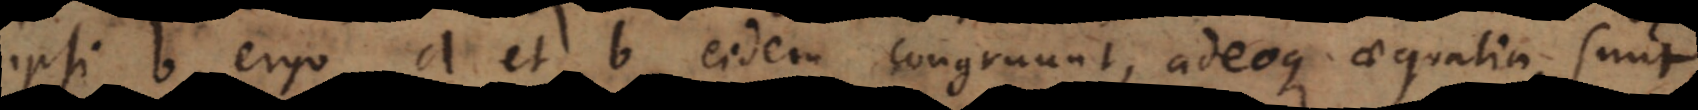
ipsi b, ergo a et b eidem congruunt, adeoque aequalia sunt